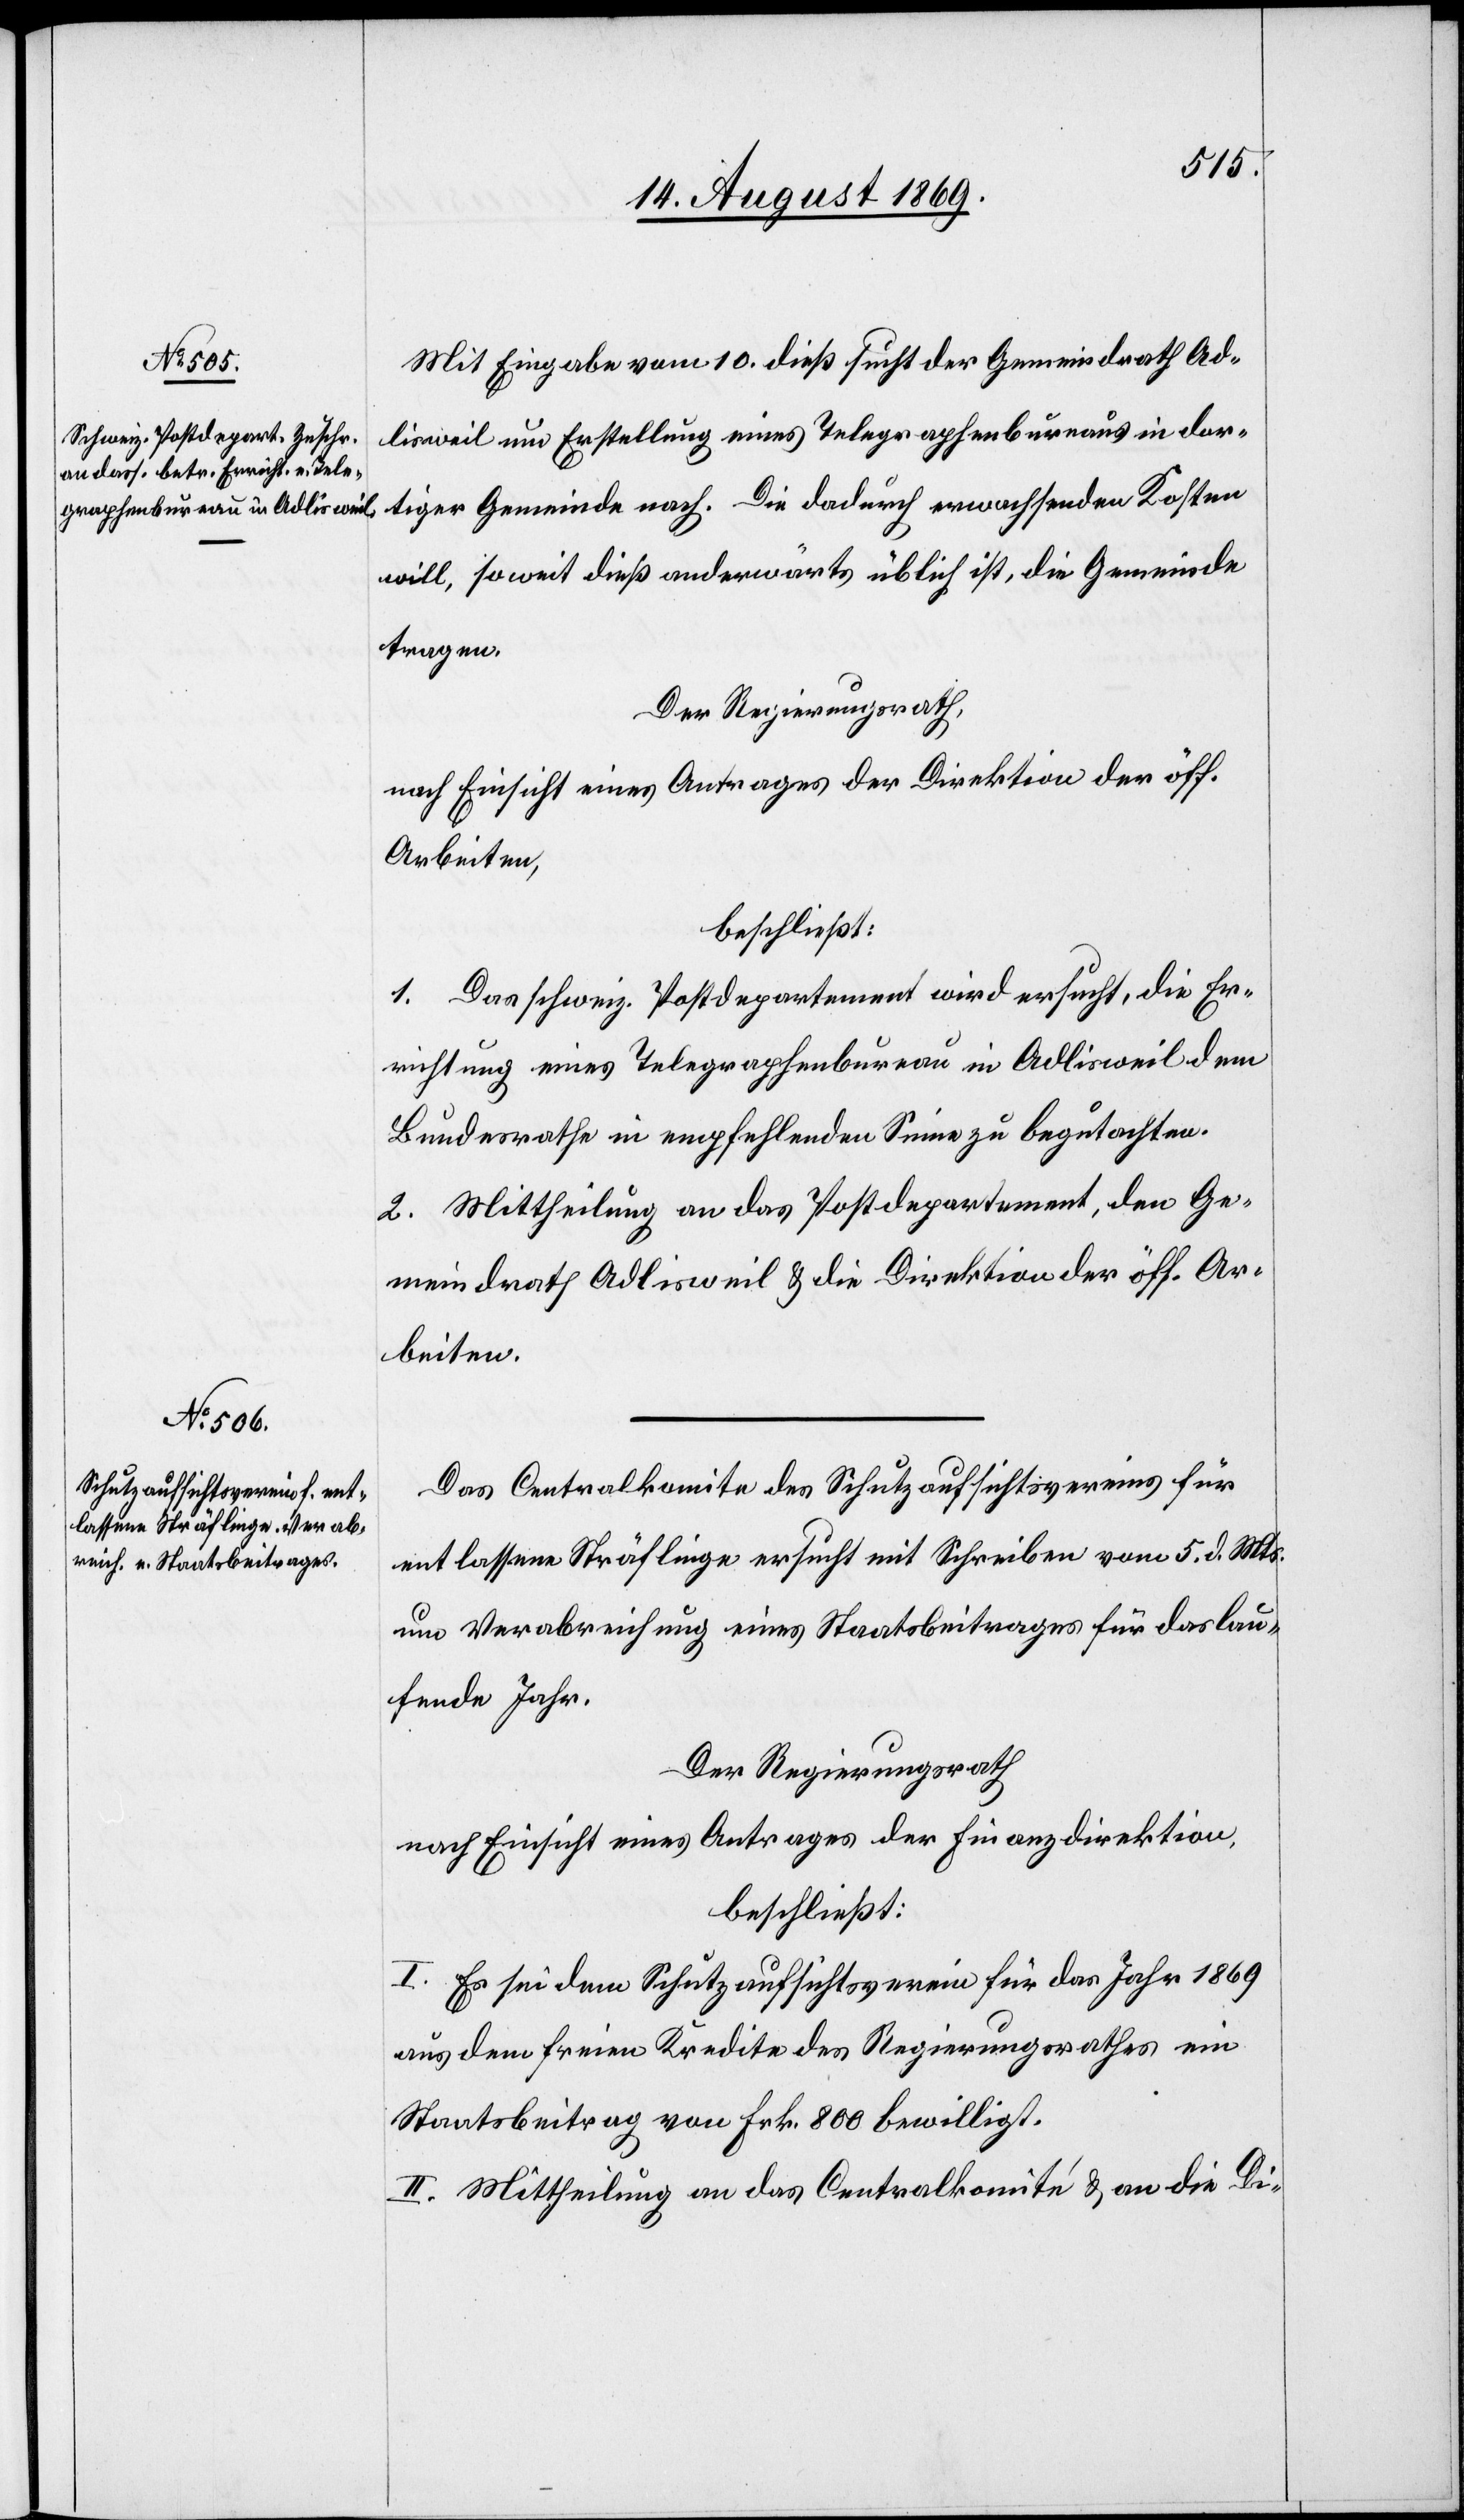
Mit Eingabe vom 10. dieß sucht der Gemeindrath Ad¬
lisweil um Erstellung eines Telegraphenbureaus in dor¬
tiger Gemeinde nach. Die dadurch erwachsenden Kosten
will, soweit dieß anderwärts üblich ist, die Gemeinde
tragen.
Der Regierungsrath,
nach Einsicht eines Antrages der Direktion der öff.
Arbeiten,
beschließt:
1. Das schweiz. Postdepartement wird ersucht, die Er¬
richtung eines Telegraphenbureau in Adlisweil dem
Bundesrathe in empfehlendem Sinne zu begutachten.
2. Mittheilung an das Postdepartement, den Ge¬
meindrath Adlisweil & die Direktion der öff. Ar¬
beiten.
Das Centralkomite des Schutzaufsichtsvereins für
entlassene Sträflinge ersucht mit Schreiben vom 5. d. Mts.
um Verabreichung eines Staatsbeitrages für das lau¬
fende Jahr.
Der Regierungsrath
nach Einsicht eines Antrages der Finanzdirektion,
beschließt:
I. Es sei dem Schutzaufsichtsverein für das Jahr 1869
aus dem freien Kredite des Regierungsrathes ein
Staatsbeitrag von Frk. 800 bewilligt.
II. Mittheilung an das Centralkomité & an die Di-